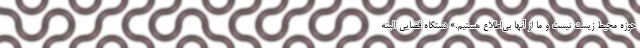
حوزه محیط زیست نیست و ما از آنها بی‌اطلاع هستیم.» دستگاه قضایی البته